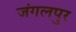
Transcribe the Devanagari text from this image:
जंगलपुर